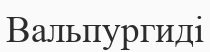
Вальпургиді